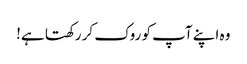
وہ اپنے آپ کو روک کر رکھتا ہے!